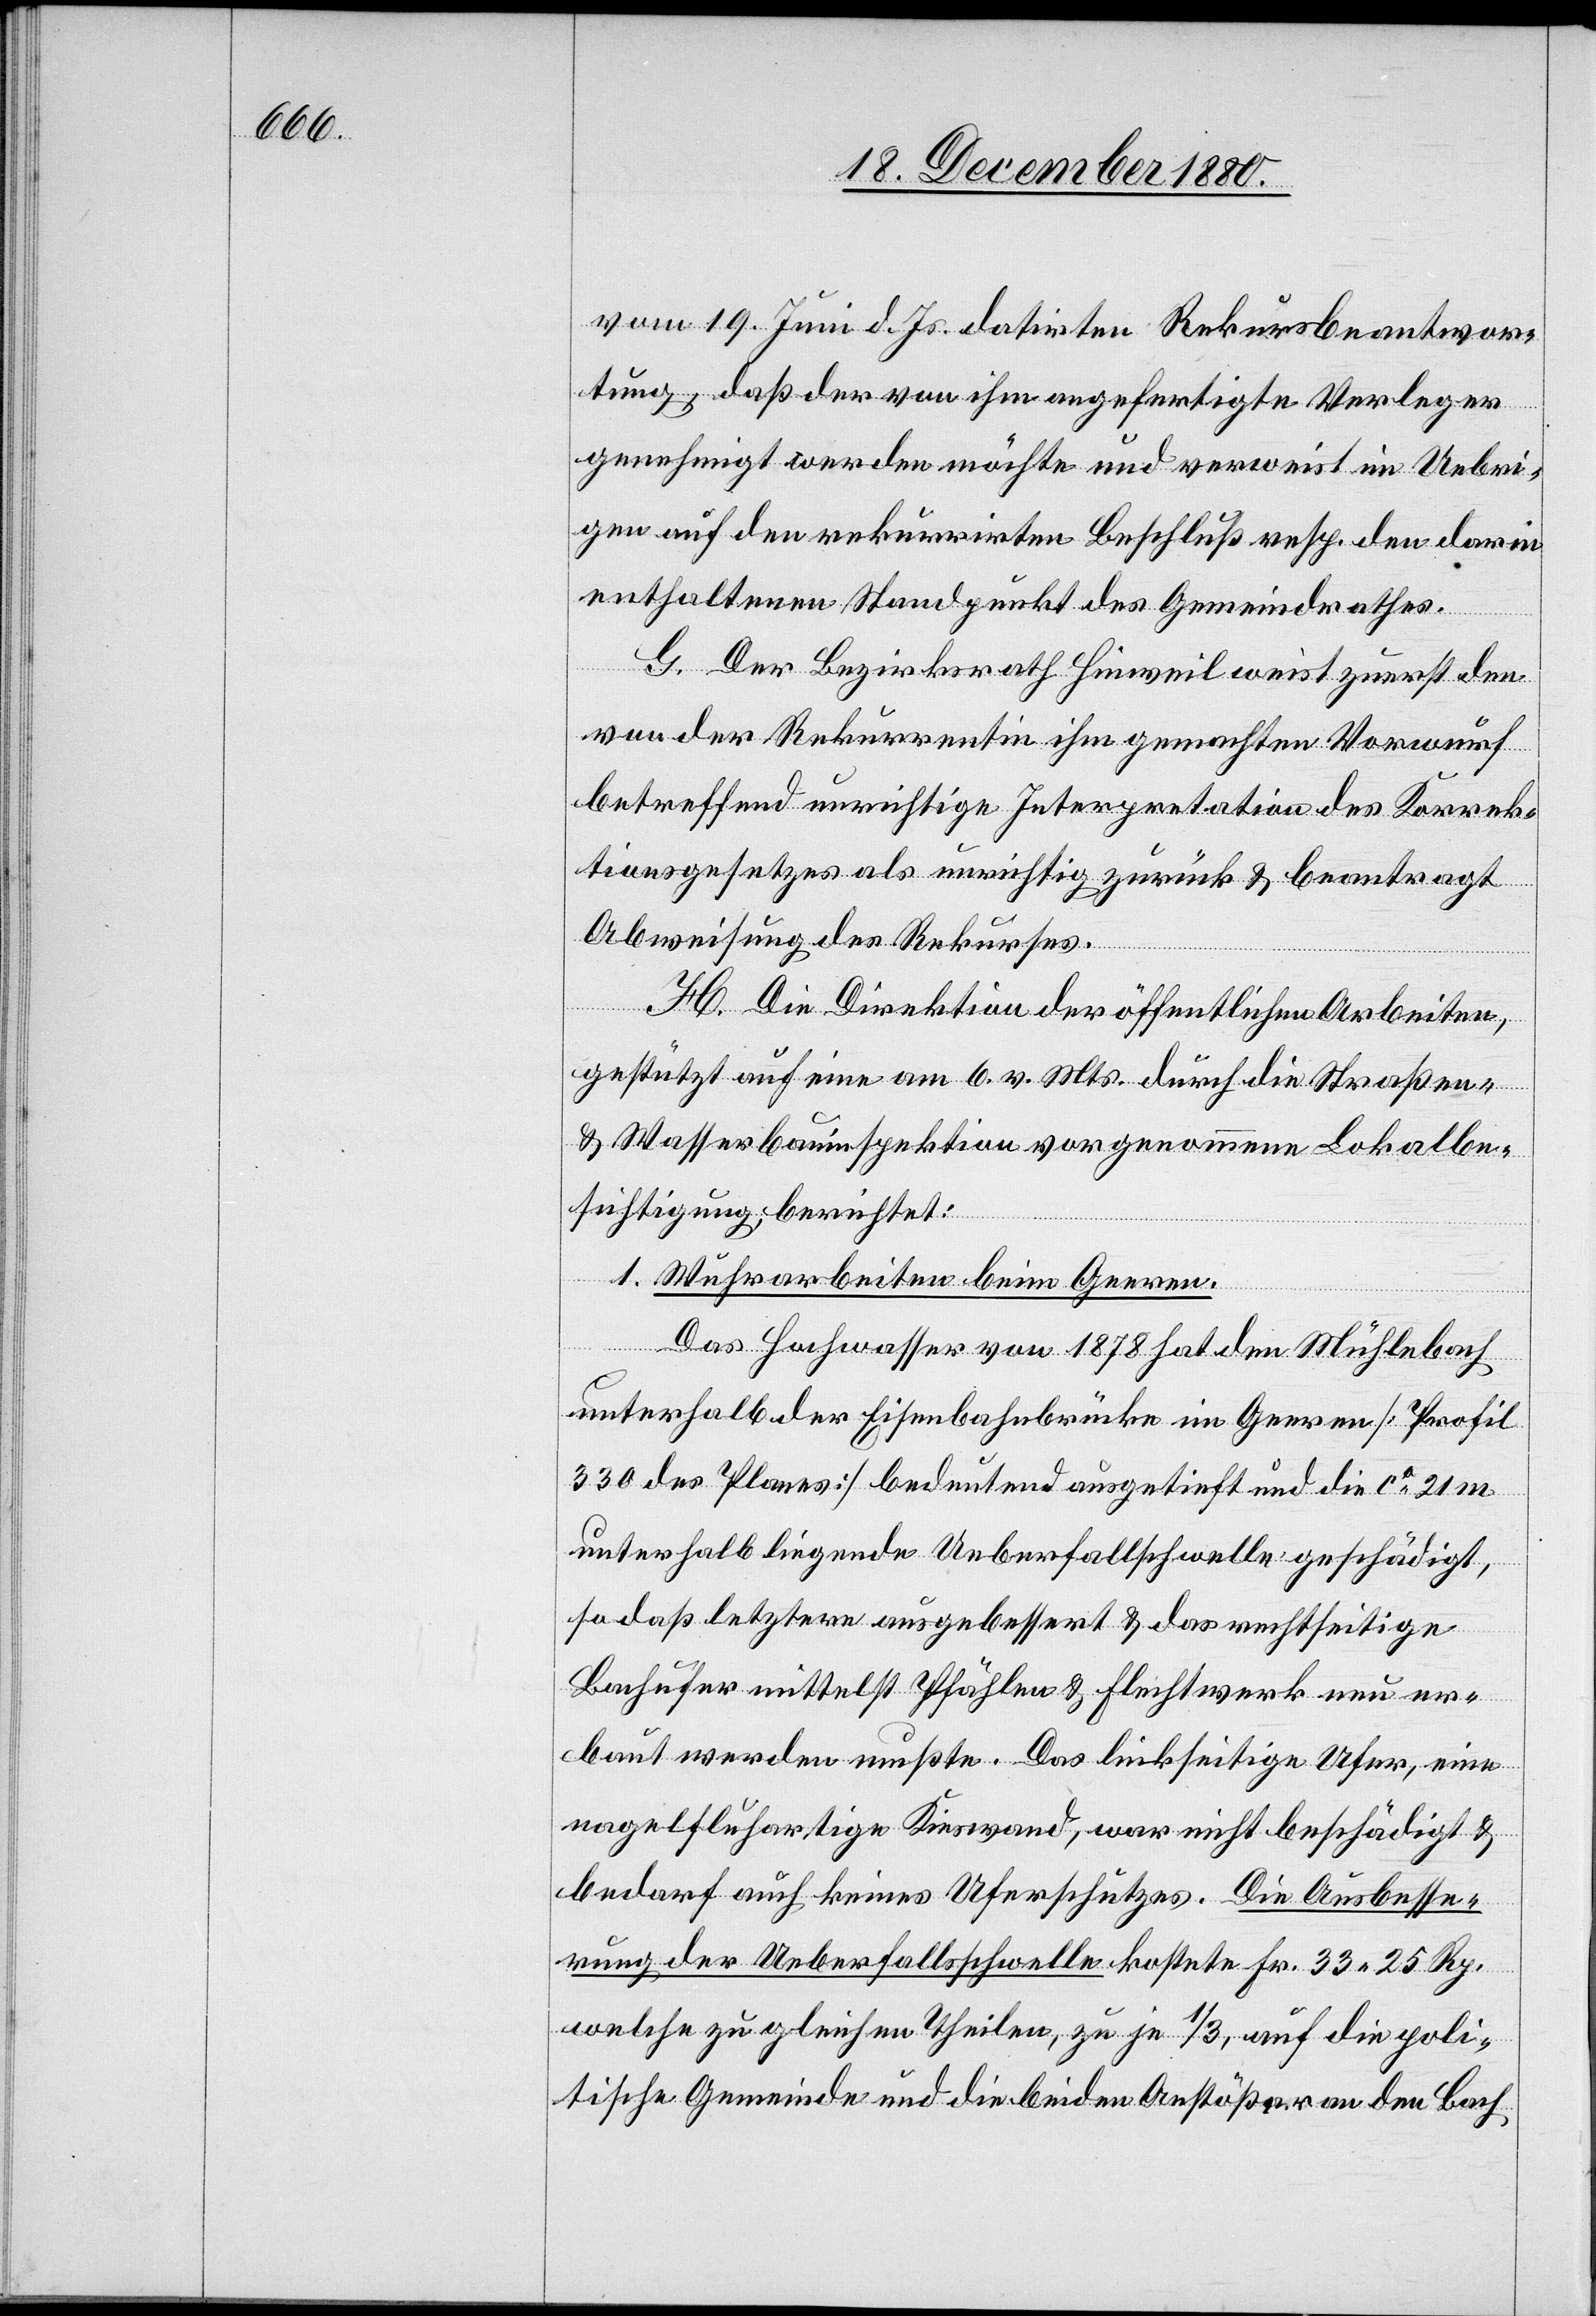
vom 19. Juni d. Js. datirten Rekursbeantwor¬
tung, daß der von ihm angefertigte Verleger
genehmigt werden möchte und verweist im Uebri¬
gen auf den rekurrirten Beschluß resp. den darin
enthaltenen Standpunkt des Gemeindrathes.
G. Der Bezirksrath Hinweil weist zuerst den
von der Rekurrentin ihm gemachten Vorwurf
betreffend unrichtige Interpretation des Korrek¬
tionsgesetzes als unrichtig zurück & beantragt
Abweisung des Rekurses.
H. Die Direktion der öffentlichen Arbeiten,
gestützt auf eine am 6. v. Mts. durch die Straßen-
& Wasserbauinspektion vorgenommene Lokalbe¬
sichtigung berichtet:
1. Wuhrarbeiten beim Geeren.
Das Hochwasser von 1878 hat den Mühlebach
unterhalb der Eisenbahnbrücke im Geeren [Profil
330 des Planes] bedeutend ausgetieft und die ca 21 m
unterhalb liegende Ueberfallschwelle geschädigt,
so daß letztere ausgebessert & das rechtseitige
Bauufer mittelst Pfählen & Flechtwerk neu er¬
baut werden mußte. Das linkseitige Ufer, eine
nagelfluhartige Kieswand, war nicht beschädigt &
bedarf auch keines Uferschutzes. Die Ausbesse¬
rung der Ueberfallschwelle kostete Fr. 33 25 Rp.
welche zu gleichen Theilen, zu je 1/3, auf die poli¬
tische Gemeinde und die beiden Anstößer an den Bach